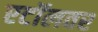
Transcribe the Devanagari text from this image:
एटॉलवर